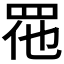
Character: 𱲬